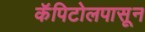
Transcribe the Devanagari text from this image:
कॅपिटोलपासून